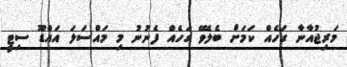
މަރިޖުއާނާ ގަހެއް ކަމަށް ބެލެވޭ ގަހެއް ފެނުނު މި މައްސަލަ އައްޑޫ ސިޓީ